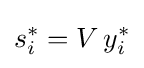
s_{i}^{*}=V\,y_{i}^{*}